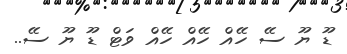
ޑޫ ޔޫ ސޭ ހޭއް ހޭއް ހޭއް ވަޓް ޑޫ ޔޫ ސޭ..